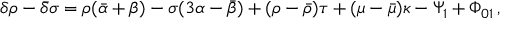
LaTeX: \delta \rho - { \bar { \delta } } \sigma = \rho ( { \bar { \alpha } } + \beta ) - \sigma ( 3 \alpha - { \bar { \beta } } ) + ( \rho - { \bar { \rho } } ) \tau + ( \mu - { \bar { \mu } } ) \kappa - \Psi _ { 1 } + \Phi _ { 0 1 } \, ,